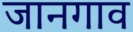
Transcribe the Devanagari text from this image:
जानगाव